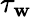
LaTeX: \tau_{\mathbf{w}}